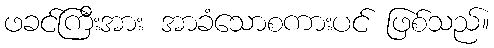
ဖခင်ကြီးအား အာခံသောစကားပင် ဖြစ်သည်။